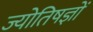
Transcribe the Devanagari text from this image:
ज्योतिषज्ञों